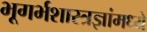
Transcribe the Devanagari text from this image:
भूगर्भशास्त्रज्ञांमध्ये